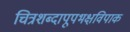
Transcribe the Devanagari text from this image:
चित्रशब्दापूपभक्षविपाक